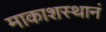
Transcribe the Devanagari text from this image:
माकाशस्थानं